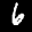
Label: 6